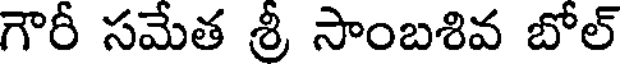
గౌరీ సమేత శ్రీ సాంబశివ బోల్